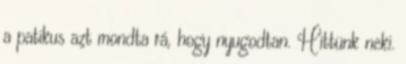
a patikus azt mondta rá, hogy nyugodtan. Hittünk neki.